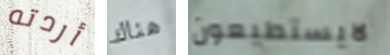
أردته هناك لايستطيعون